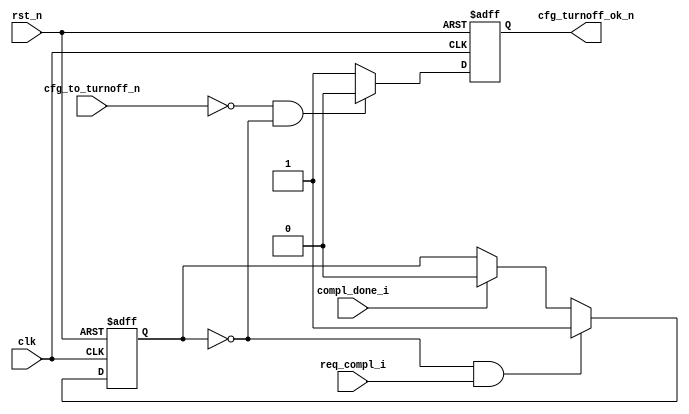
module PIO_TO_CTRL_3    (
                        clk,
                        rst_n,
                        req_compl_i,
                        compl_done_i,
                        cfg_to_turnoff_n,
                        cfg_turnoff_ok_n
                        );
    input               clk;
    input               rst_n;
    input               req_compl_i;
    input               compl_done_i;
    input               cfg_to_turnoff_n;
    output              cfg_turnoff_ok_n;
    reg                 trn_pending;
    reg                 cfg_turnoff_ok_n;
    always @ ( posedge clk or negedge rst_n ) begin
        if (!rst_n ) begin
          trn_pending <= 0;
        end else begin
          if (!trn_pending && req_compl_i)
            trn_pending <= 1'b1;
          else if (compl_done_i)
            trn_pending <= 1'b0;
        end
    end
     always @ ( posedge clk or negedge rst_n ) begin
      if (!rst_n ) begin
        cfg_turnoff_ok_n <= 1'b1;
      end else begin
        if ( !cfg_to_turnoff_n  && !trn_pending)
          cfg_turnoff_ok_n <= 1'b0;
        else
          cfg_turnoff_ok_n <= 1'b1;
      end
    end
endmodule